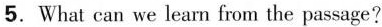
5.What can we learn from the passage?